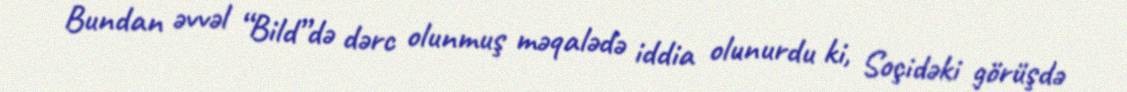
Bundan əvvəl “Bild”də dərc olunmuş məqalədə iddia olunurdu ki, Soçidəki görüşdə